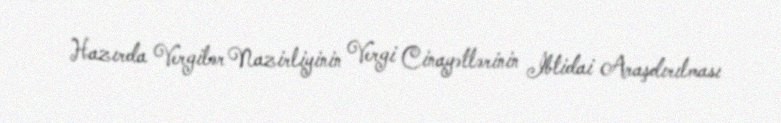
Hazırda Vergilər Nazirliyinin Vergi Cinayətlərinin İbtidai Araşdırılması